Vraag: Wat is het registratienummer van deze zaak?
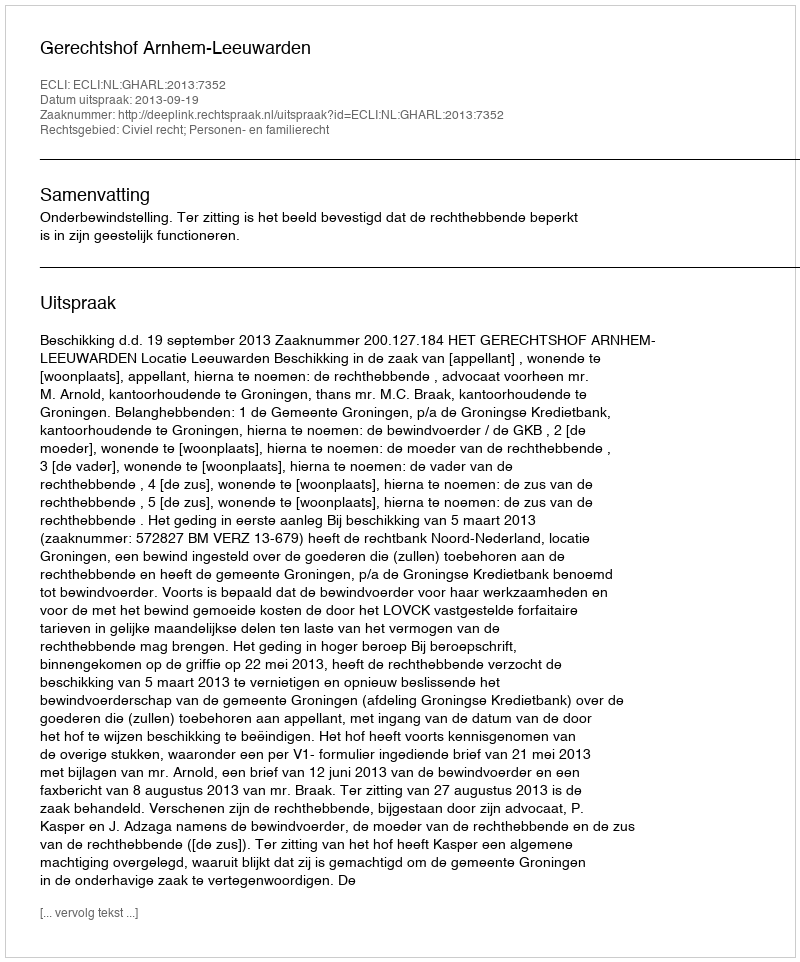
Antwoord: http://deeplink.rechtspraak.nl/uitspraak?id=ECLI:NL:GHARL:2013:7352